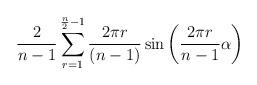
LaTeX: \begin{align*}\frac{2}{n-1}\sum_{r=1}^{\frac{n}{2}-1}\frac{2\pi r}{(n-1)} \sin\left(\frac{2\pi r}{n-1}\alpha\right)\end{align*}